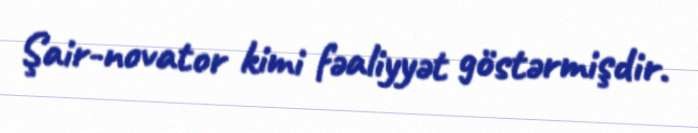
Şair-novator kimi fəaliyyət göstərmişdir.